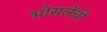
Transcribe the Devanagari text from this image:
भोसलेंची